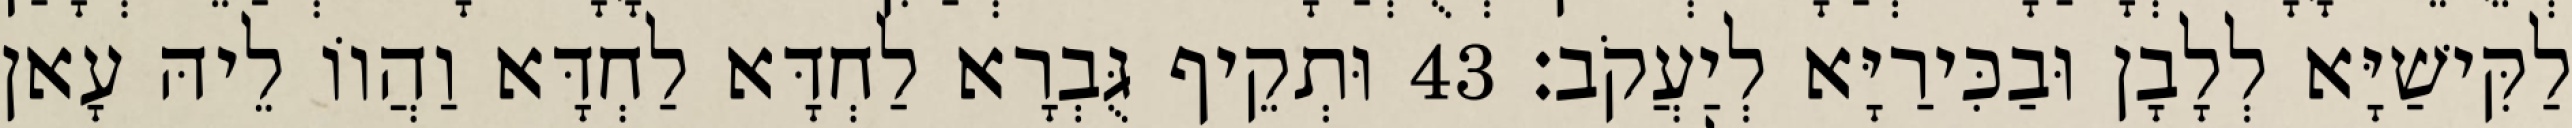
לַקִּישַׁיָּא לְלָבָן וּבַכִּירַיָּא לְיַעֲקֹב׃ 43 וּתְקֵיף גֻּבְרָא לַחְדָּא לַחְדָּא וַהֲווֹ לֵיהּ עָאן